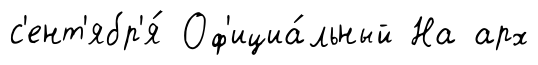
с'ент'ябр'я́ Оф'ициа́льный На арх